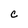
Character: C